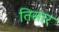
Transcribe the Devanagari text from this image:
तिसार